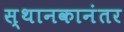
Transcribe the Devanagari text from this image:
स्थानकानंतर